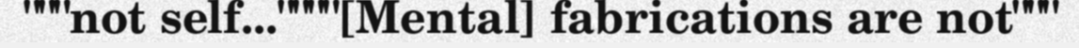
"""not self...""""[Mental] fabrications are not"""